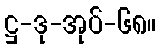
ဋ္ဌ-ဒု-အုပ်-၆၈။